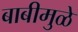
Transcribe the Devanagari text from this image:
बाबीमुळे